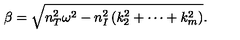
\beta = \sqrt { n _ { T } ^ { 2 } \omega ^ { 2 } - n _ { I } ^ { 2 } \left( k _ { 2 } ^ { 2 } + \cdots + k _ { m } ^ { 2 } \right) } .